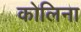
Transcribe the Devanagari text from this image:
कोलिना